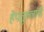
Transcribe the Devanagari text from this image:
हेपतुल्लांनी